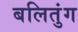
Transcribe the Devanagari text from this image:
बलितुंग